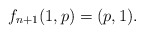
\begin{align*}f_{n+1} (1,p) = (p,1).\end{align*}